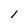
Character: i